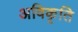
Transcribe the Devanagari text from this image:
अविकृति